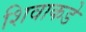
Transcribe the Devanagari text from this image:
शिवाकडे